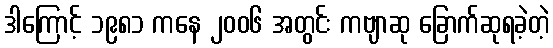
ဒါကြောင့် ၁၉၈၁ ကနေ ၂၀၀၆ အတွင်း ကဗျာဆု ခြောက်ဆုရခဲ့တဲ့